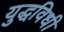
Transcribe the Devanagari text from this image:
युद्धविधी